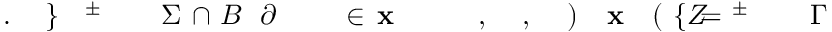
\! \! \! \! \! \! \! \! \! \! \! \Gamma \! \! \! \! \! \! \! \! \! \! \! \! ^ { \! \! \! \! \! \! \! \! \! \! \! \! \pm } \! \! \! \! \! \! \! \! \! \! \! \! = \! \! \! \! \! \! \! \! \! \! \! \! \{ Z \! \! \! \! \! \! \! \! \! \! \! \! ( \! \! \! \! \! \! \! \! \! \! \! \! \mathbf { x } \! \! \! \! \! \! \! \! \! \! \! \! ) \! \! \! \! \! \! \! \! \! \! \! \! , \! \! \! \! \! \! \! \! \! \! \! \! , \! \! \! \! \! \! \! \! \! \! \! \! \! \! \! \! \! \! \! \! \! \! \! \! \mathbf { x } \! \! \! \! \! \! \! \! \! \! \! \! \in \! \! \! \! \! \! \! \! \! \! \! \! \! \! \! \! \! \! \! \! \! \! \! \! \partial \! \! \! \! \! \! \! \! \! \! \! \! B \! \! \! \! \! \! \! \! \! \! \! \! \cap \! \! \! \! \! \! \! \! \! \! \! \! \Sigma \! \! \! \! \! \! \! \! \! \! \! \! ^ { \! \! \! \! \! \! \! \! \! \! \! \! \pm } \! \! \! \! \! \! \! \! \! \! \! \! \} \! \! \! \! \! \! \! \! \! \! \! \! . \! \! \! \! \! \! \! \! \! \! \!